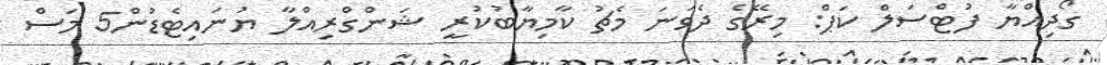
ގޯދިއްޔާ ފުޓްސަލް ކަޕް: މިރޭގެ ދެވަނަ މެޗު ކާމިޔާބުކުރީ ޝަންގްރިއްލާ ޔުނައިޓެޑުން5 މަސް